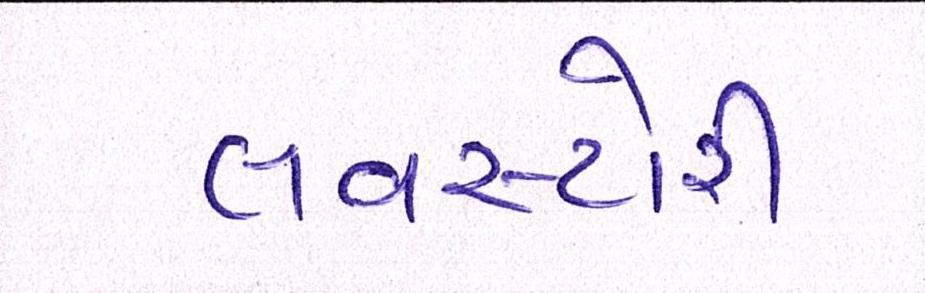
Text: લવસ્ટોરી